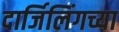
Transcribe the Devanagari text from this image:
दार्जिलिंगच्या